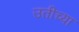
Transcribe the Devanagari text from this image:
उतीच्या